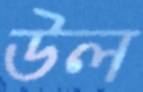
উল